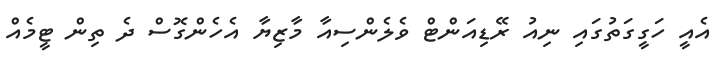
އެއީ ހަގީގަތުގައި ނިއު ރޭޑިއަންޓް ވެލެންސިއާ މާޒިޔާ އެހެންގޮސް ދެ ތިން ޓީމެއް